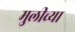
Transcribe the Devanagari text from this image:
मुलीच्‍या